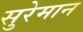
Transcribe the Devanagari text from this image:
सुरेमान